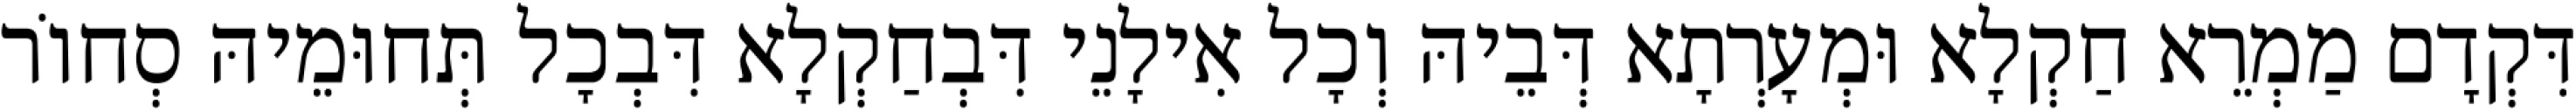
דִּקְדָם מַמְרֵא חַקְלָא וּמְעָרְתָא דְּבֵיהּ וְכָל אִילָנֵי דִּבְחַקְלָא דִּבְכָל תְּחוּמֵיהּ סְחוֹר